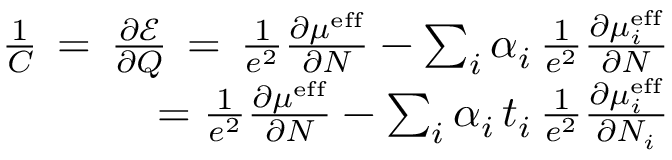
\begin{array} { r } { \frac { 1 } { C } \, = \, \frac { \partial \mathcal { E } } { \partial Q } \, = \, \frac { 1 } { e ^ { 2 } } \frac { \partial \mu ^ { \mathrm { e f f } } } { \partial N } - \sum _ { i } \alpha _ { i } \, \frac { 1 } { e ^ { 2 } } \frac { \partial \mu _ { i } ^ { \mathrm { e f f } } } { \partial N } } \\ { = \frac { 1 } { e ^ { 2 } } \frac { \partial \mu ^ { \mathrm { e f f } } } { \partial N } - \sum _ { i } \alpha _ { i } \, t _ { i } \, \frac { 1 } { e ^ { 2 } } \frac { \partial \mu _ { i } ^ { \mathrm { e f f } } } { \partial N _ { i } } } \end{array}